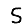
Digit: 5